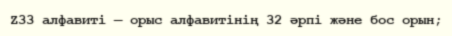
Z33 алфавиті — орыс алфавитінің 32 әрпі және бос орын;